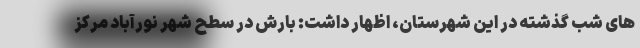
های شب گذشته در این شهرستان، اظهار داشت: بارش در سطح شهر نورآباد مرکز